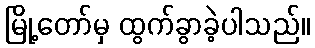
မြို့တော်မှ ထွက်ခွာခဲ့ပါသည်။